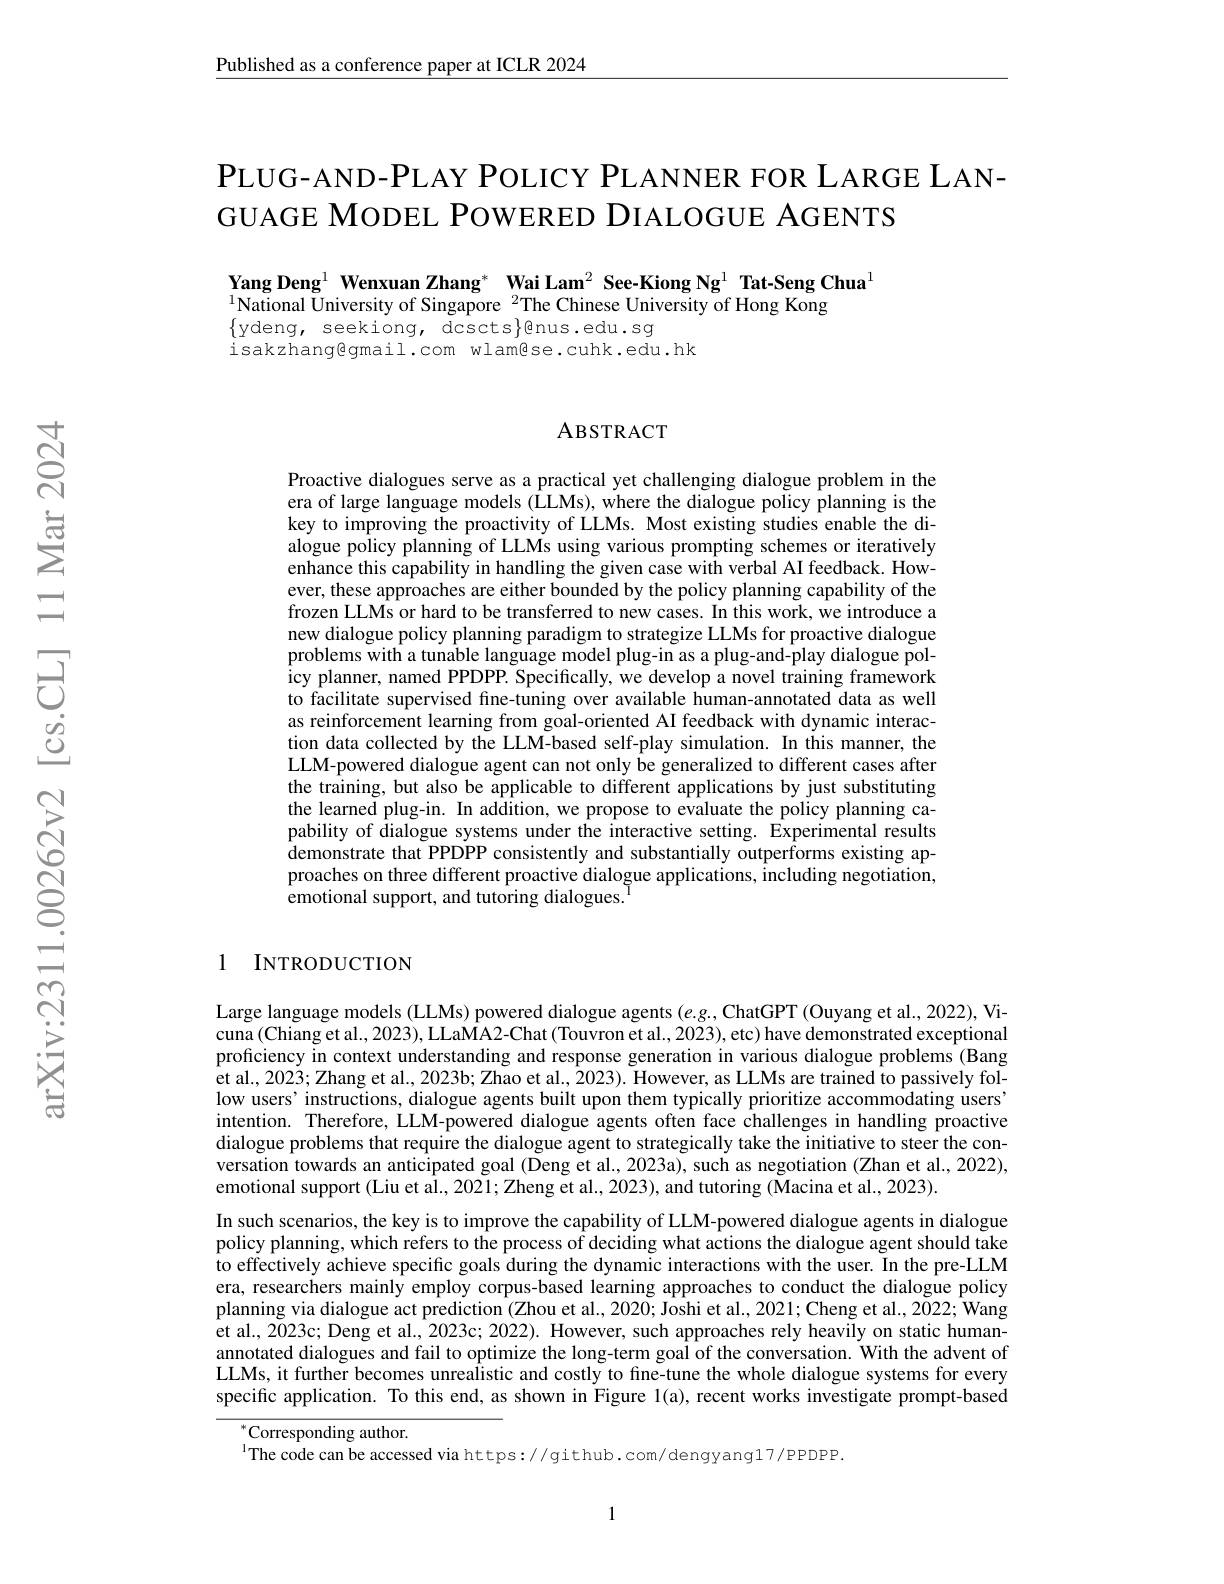
Published as a conference paper at ICLR 2024

PLUG- AND- PLAY POLICY PLANNER FOR LARGE LAN-
GUAGE MODEL POWERED DIALOGUE AGENTS

Yang Deng$^{1}$ Wenxuan Zhang$^*$ Wai Lam$^2\textbf{ See-Kiong Ng}^{1}$ Tat-Seng Chua$^{1}$
$^{1}$National University of Singapore $^2$The Chinese University of Hong Kong
$\{$ydeng, seekiong, dcscts$\}$gnus.edu.sg
isakzhangegmail.com wlamêse.cuhk.edu.hk

### ABSTRACT

Proactive dialogues serve as a practical yet challenging dialogue problem in the era of large language models (LLMs), where the dialogue policy planning is the key to improving the proactivity of LLMs. Most existing studies enable the dialogue policy planning of LLMs using various prompting schemes or iteratively enhance this capability in handling the given case with verbal AI feedback. However, these approaches are either bounded by the policy planning capability of the frozen LLMs or hard to be transferred to new cases. In this work, we introduce a new dialogue policy planning paradigm to strategize LLMs for proactive dialogue problems with a tunable language model plug-in as a plug-and-play dialogue policy planner, named PPDPP. Specifically, we develop a novel training framework to facilitate supervised fine-tuning over available human-annotated data as well as reinforcement learning from goal-oriented AI feedback with dynamic interaction data collected by the LLM-based self-play simulation. In this manner, the LLM-powered dialogue agent can not only be generalized to different cases after the training, but also be applicable to different applications by just substituting the learned plug-in. In addition, we propose to evaluate the policy planning capability of dialogue systems under the interactive setting. Experimental results demonstrate that PPDPP consistently and substantially outperforms existing approaches on three different proactive dialogue applications, including negotiation, emotional support, and tutoring dialogues.$^{\mathrm{l}}$

1 INTRODUCTION

Large language models (LLMs) powered dialogue agents $( e. g$,ChatGPT(Ouyang et al., 2022), Vicuna (Chiang et al., 2023), LLaMA2-Chat (Touvron et al., 2023), etc) have demonstrated exceptional proficiency in context understanding and response generation in various dialogue problems (Bang et al., 2023; Zhang et al., 2023b; Zhao et al., 2023). However, as LLMs are trained to passively follow users' instructions, dialogue agents built upon them typically prioritize accommodating users' intention. Therefore, LLM-powered dialogue agents often face challenges in handling proactive dialogue problems that require the dialogue agent to strategically take the initiative to steer the conversation towards an anticipated goal (Deng et al., 2023a), such as negotiation (Zhan et al., 2022), emotional support (Liu et al., 2021; Zheng et al., 2023), and tutoring ( Macina et al., 2023).
In such scenarios, the key is to improve the capability of LLM-powered dialogue agents in dialogue policy planning, which refers to the process of deciding what actions the dialogue agent should take to effectively achieve specific goals during the dynamic interactions with the user. In the pre-LLM era, researchers mainly employ corpus-based learning approaches to conduct the dialogue policy planning via dialogue act prediction (Zhou et al., 2020; Joshi et al., 2021; Cheng et al., 2022; Wang et al., 2023c; Deng et al., 2023c; 2022). However, such approaches rely heavily on static humanannotated dialogues and fail to optimize the long-term goal of the conversation. With the advent of LLMs, it further becomes unrealistic and costly to fine-tune the whole dialogue systems for every specific application. To this end, as shown in Figure 1(a), recent works investigate prompt-based

$^{*}$Corresponding author.

$^{\mathrm{l}}$The code can be accessed via https://github.com/dengyang17/PPDPP.

1